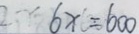
6 x = 6 0 0